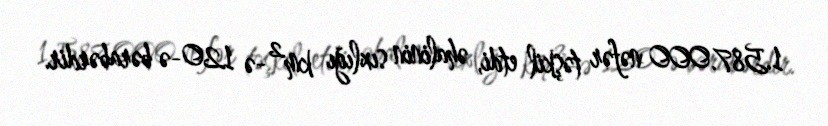
1.587.000 nəfər təşkil etdi, əhalinin sıxlığı km²-ə 120-ə bərabərdir.